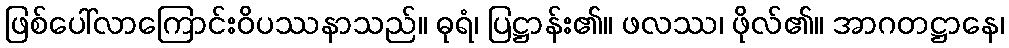
ဖြစ်ပေါ်လာကြောင်းဝိပဿနာသည်။ ဓုရံ၊ ပြဋ္ဌာန်း၏။ ဖလဿ၊ ဖိုလ်၏။ အာဂတဋ္ဌာနေ၊